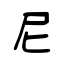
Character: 尼